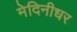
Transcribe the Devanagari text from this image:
मेदिनीधर